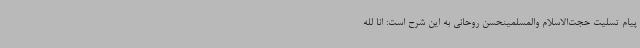
پیام تسلیت حجت‌الاسلام والمسلمینحسن روحانی به این شرح است: انا لله